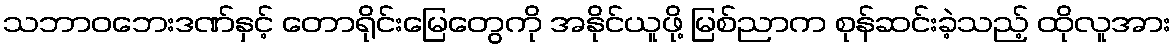
သဘာဝဘေးဒဏ်နှင့် တောရိုင်းမြေတွေကို အနိုင်ယူဖို့ မြစ်ညာက စုန်ဆင်းခဲ့သည့် ထိုလူအား